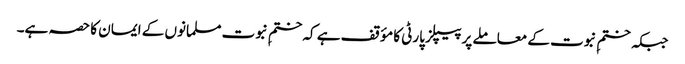
جبکہ ختمِ نبوت کے معاملے پر پیپلز پارٹی کا مؤقف ہے کہ ختمِ نبوت مسلمانوں کے ایمان کا حصہ ہے۔